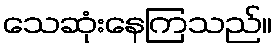
သေဆုံးနေကြသည်။